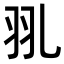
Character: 𦏳